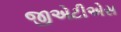
જીએટીએસ